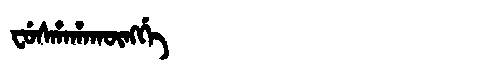
Manchu: ᠸᡠᠰᡥᠠᡥᠠᡴᡡᠩᡤᡝ
Romanization: FUSHAHAKŪNGGE